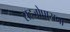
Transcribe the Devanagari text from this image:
सहजोपासना